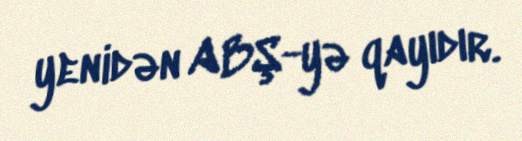
yenidən ABŞ-yə qayıdır.